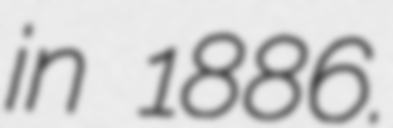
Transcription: in 1886.